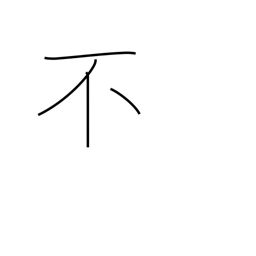
Meaning: non-